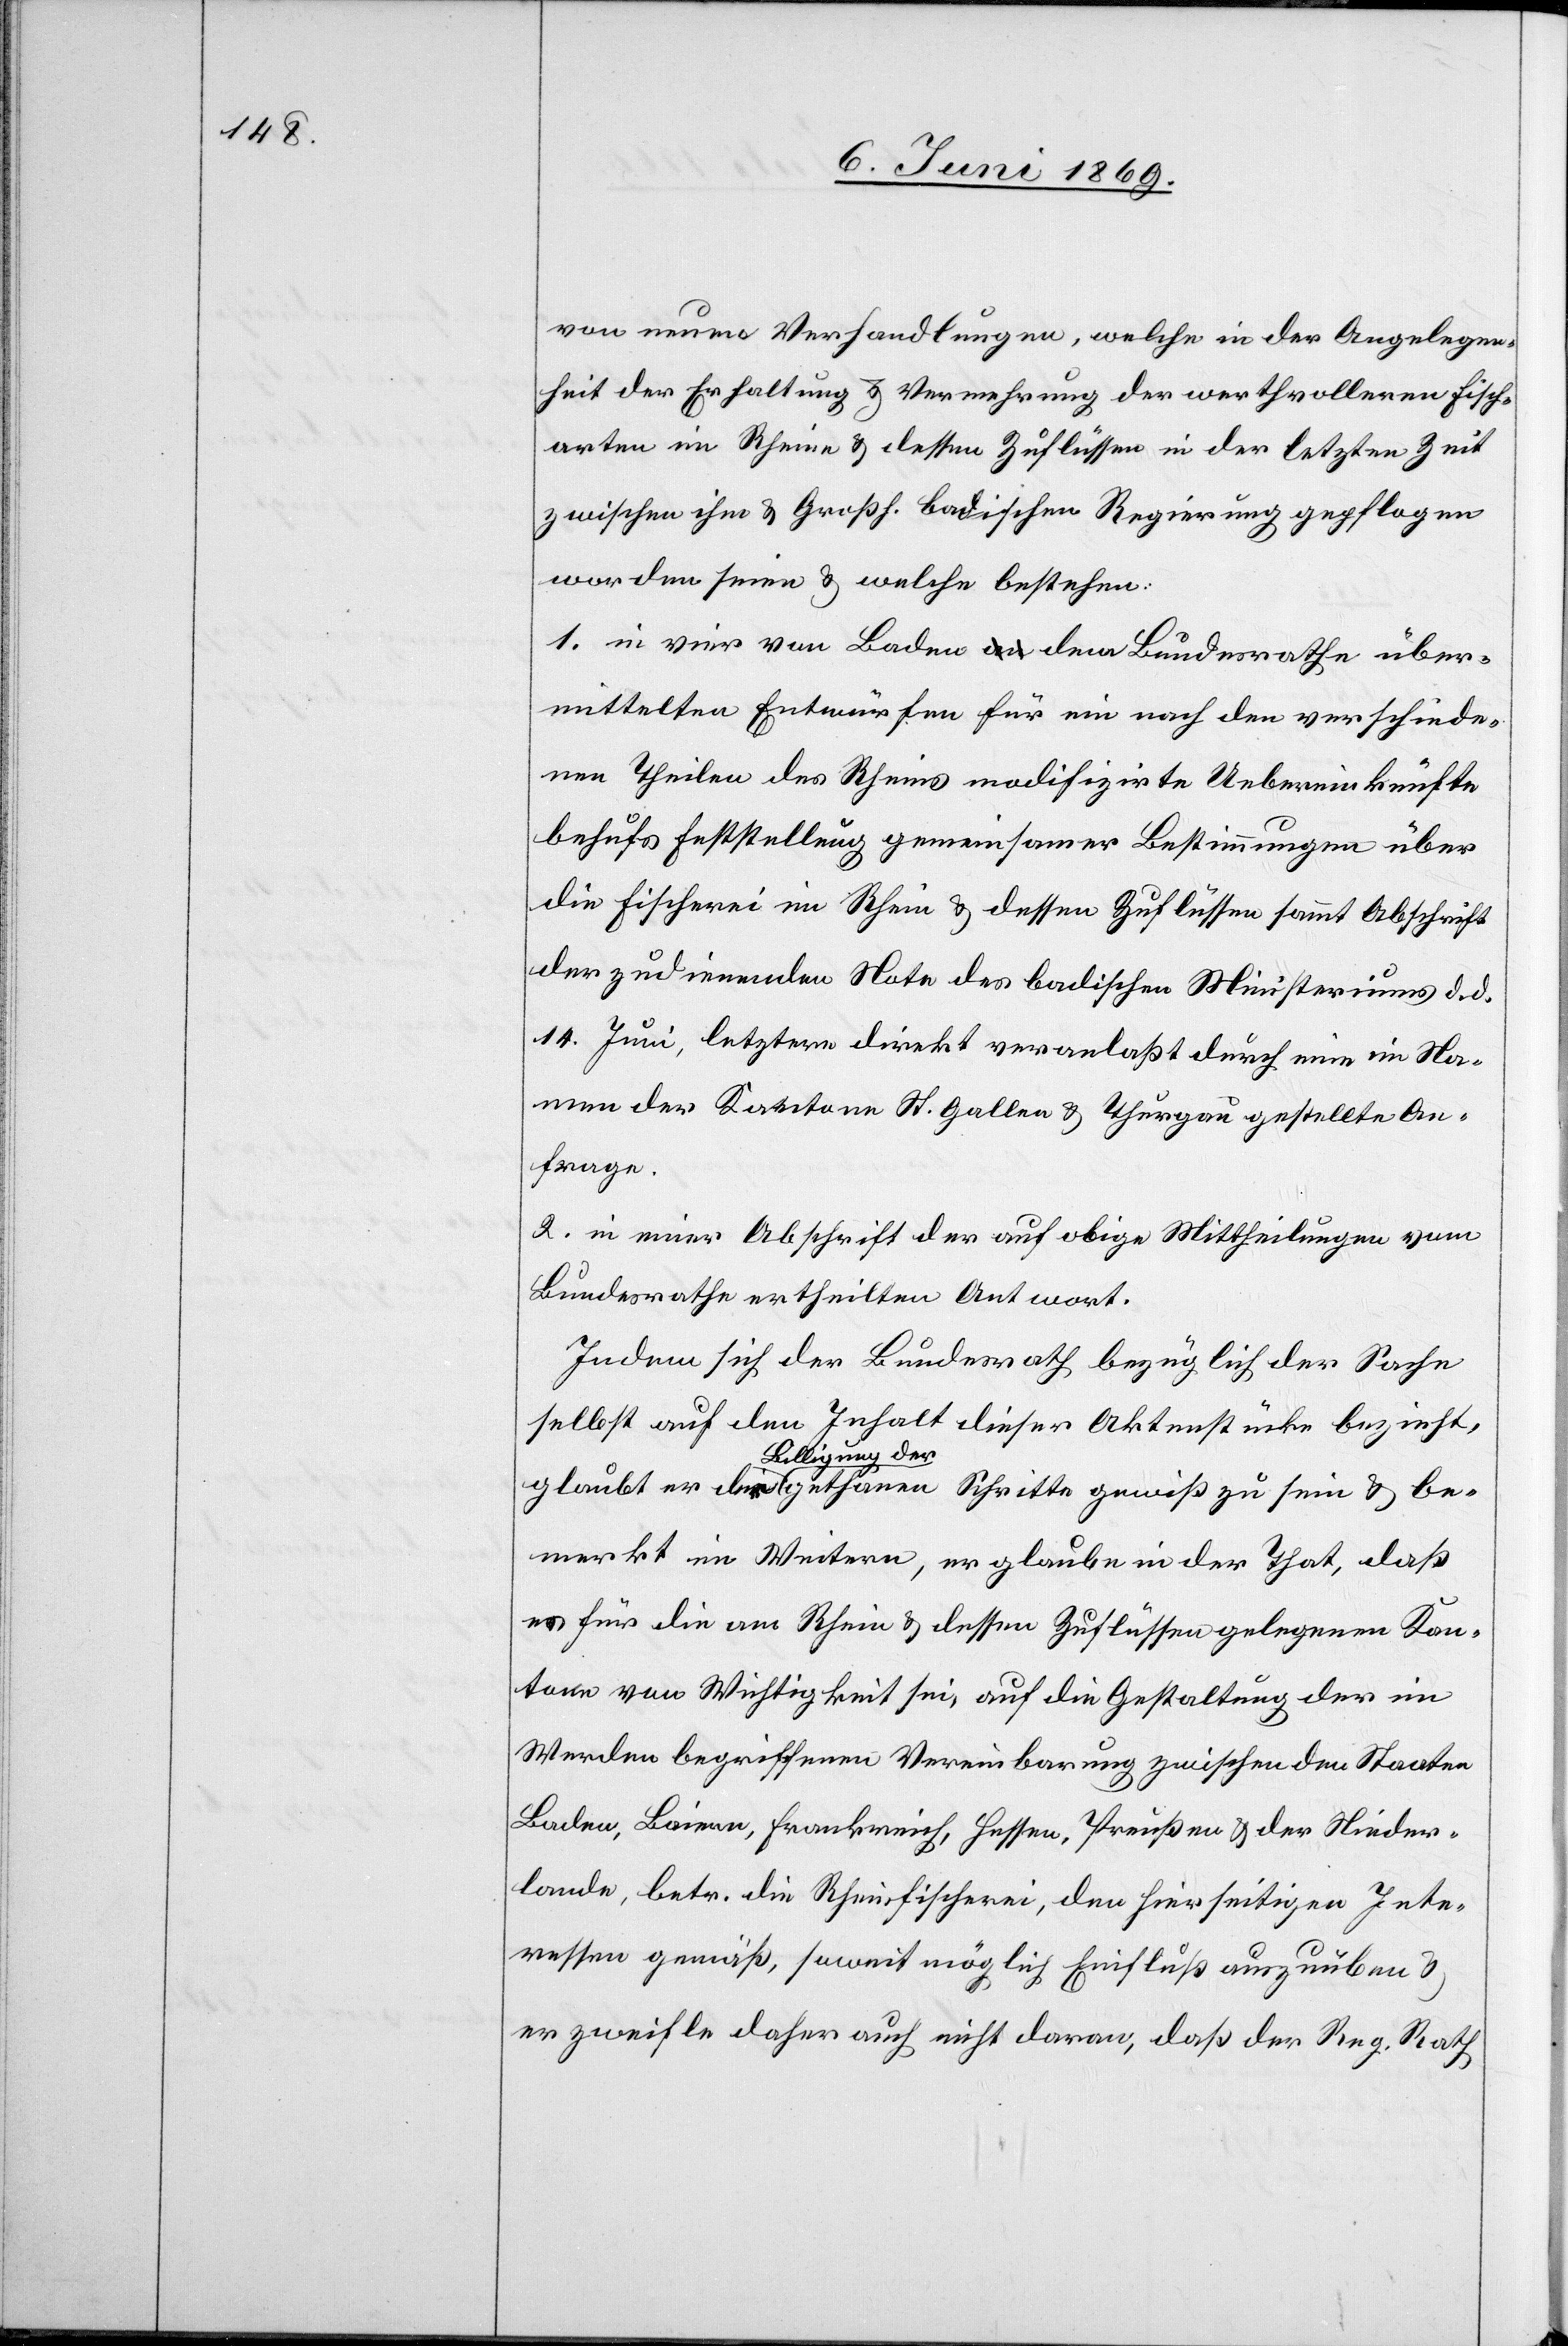
von neuen Verhandlungen, welche in der Angelegen¬
heit der Erhaltung u. Vermehrung der werthvolleren Fisch¬
arten im Rheine u. dessen Zuflüssen in der letzten Zeit
zwischen ihm u. Großh. Badischen Regierung gepflogen
worden seien u. welche bestehen:
1. in vier von Baden dem Bundesrathe über¬
mittelten Entwürfen für ein nach den verschiede¬
nen Theilen des Rheines modifizirte Uebereinkünfte
behufs Feststellung gemeinsamer Bestimmungen über
die Fischerei im Rhein u. dessen Zuflüssen sammt Abschrift
der zudienenden Note des badischen Ministeriums d. d.
14 Juni, letztere direkt veranlaßt durch eine im Na¬
men der Kantone St. Gallen u. Thurgau gestellten An¬
frage.
2. in einer Abschrift der auf obige Mittheilungen vom
Bundesrathe ertheilten Antwort.
Indem sich der Bundesrath bezüglich der Sache
selbst auf den Inhalt dieser Aktenstücke bezieht,
Billigung der
bemerkt im Weitern, er glaube in der That, daß
es für die am Rhein u. dessen Zuflüssen gelegenen Kan¬
tone von Wichtigkeit sei, auf die Gestaltung der im
Werden begriffenen Vereinbarung zwischen den Staaten
Baden, Baiern, Frankreich, Hessen, Preußen u. der Nieder¬
lande, betr. die Rheinfischerei, den hierseitigen Inte¬
ressen gemäß, soweit möglich Einfluß auszuüben u.
er zweifle daher auch nicht daran, daß der Reg. Rath.